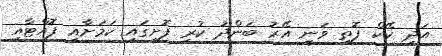
އަދި ކޭކް ފޮތި ވަނީ އޭރު ބަންދު ކުރި ފޮށީގައި ކަމަށާއި ފޮއްޓާއި